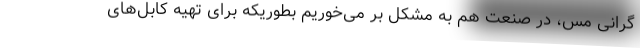
گرانی مس، در صنعت هم به مشکل بر می‌خوریم بطوریکه برای تهیه کابل‌های